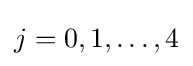
j=0,1,\dots ,4